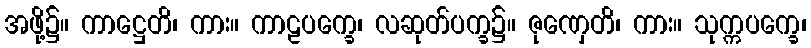
အဖို့၌။ ကာဋ္ဌေတိ၊ ကား။ ကာဠပက္ခေ၊ လဆုတ်ပက္ခ၌။ ဇုဏှေတိ၊ ကား။ သုက္ကပက္ခေ၊